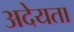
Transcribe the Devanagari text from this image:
अदेयता